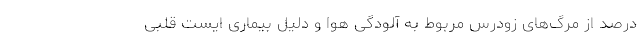
درصد از مرگ‌های زودرس مربوط به آلودگی هوا و دلیل بیماری ایست قلبی